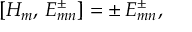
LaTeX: [ H _ { m } , \, E _ { m n } ^ { \pm } ] = \pm \, E _ { m n } ^ { \pm } ,